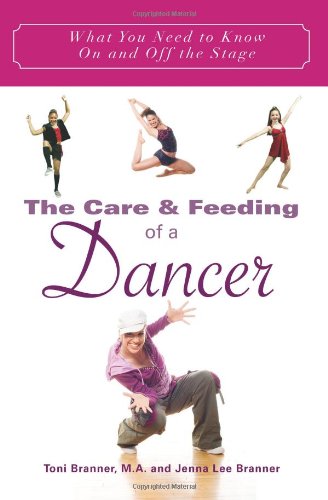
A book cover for The Care and Feeding of a Dancer: What You Need to Know On and Off the Stage; Toni Branner; Teen & Young Adult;